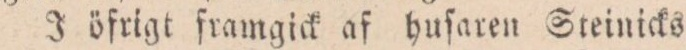
J öfrigt ſramgick af huſaren Steinicks